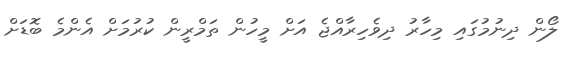
ލޯން ދިނުމުގައި މިހާރު ދިވެހިރާއްޖެ އަށް މީހުން ތަމްރީން ކުރުމަށް އެންމެ ބޮޑަށް